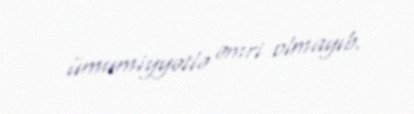
ümumiyyətlə əmri olmayıb.